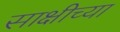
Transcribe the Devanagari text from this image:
साक्षीच्या